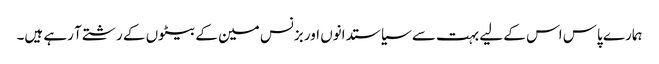
ہمارے پاس اس کے لیے بہت سے سیاستدانوں اور بزنس مین کے بیٹوں کے رشتے آ رہے ہیں۔